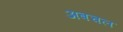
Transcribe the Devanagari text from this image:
अबचल